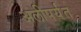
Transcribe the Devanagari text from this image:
अलीपर्यंत